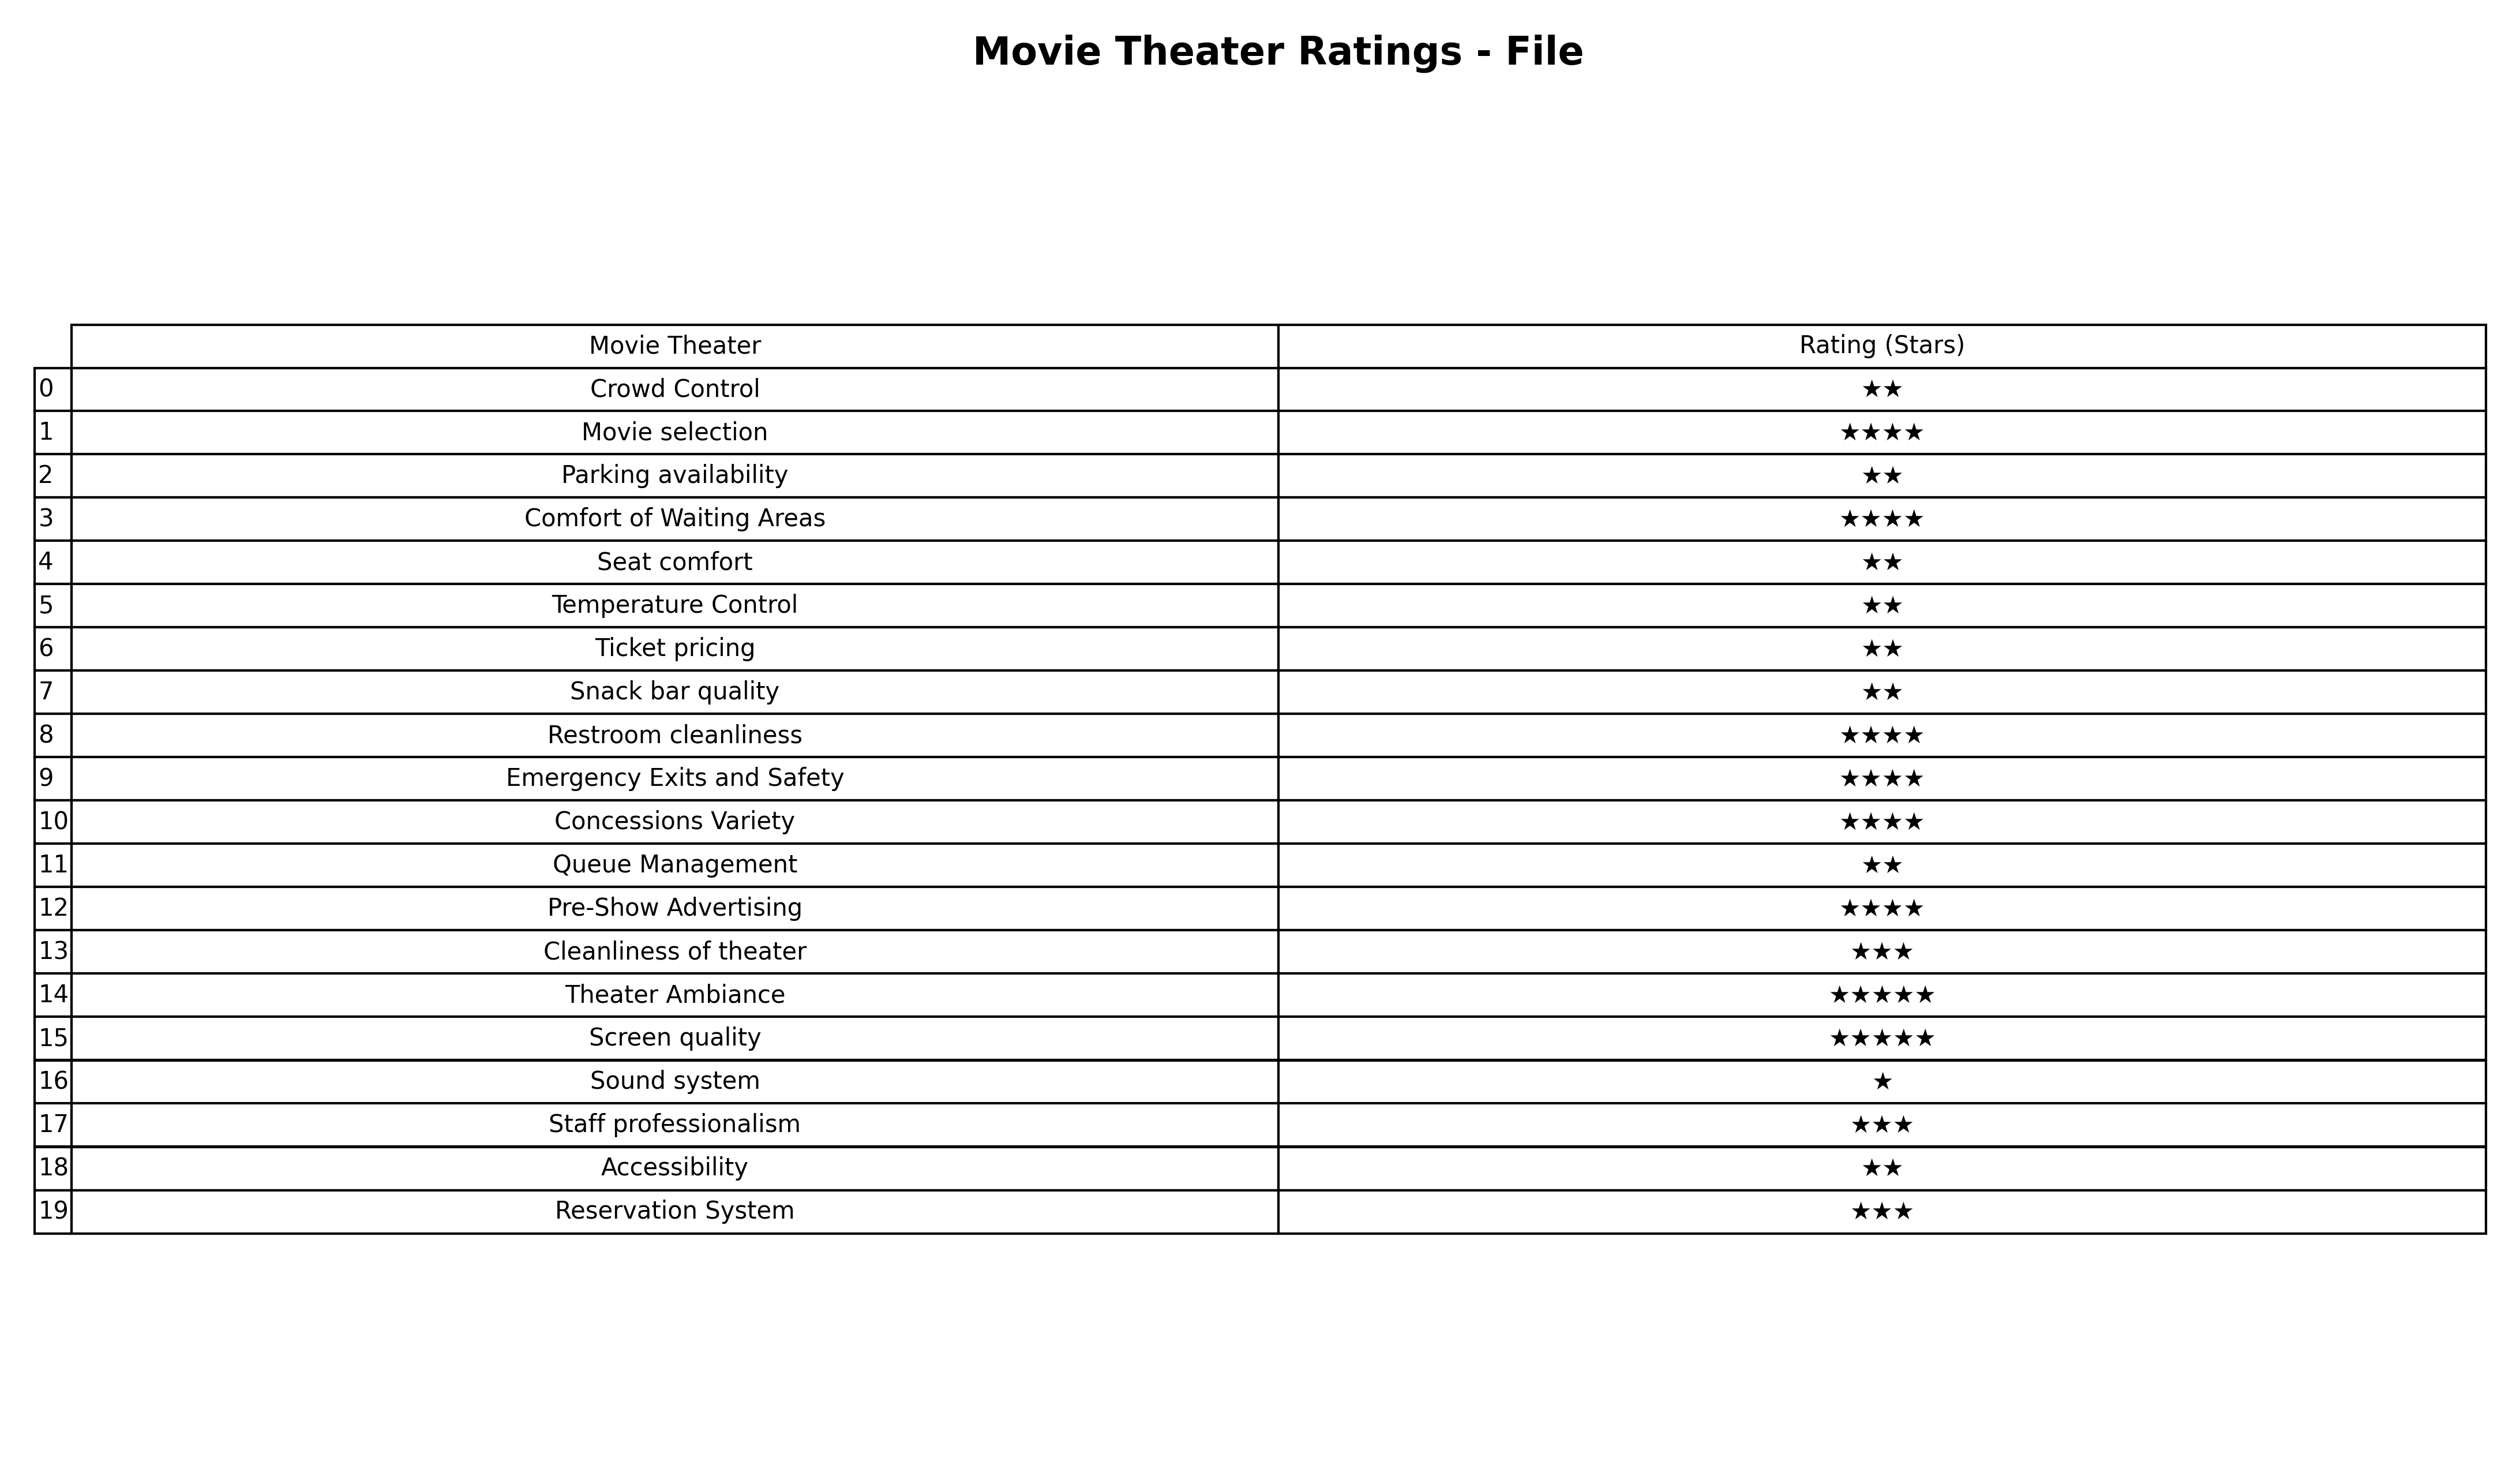
question: What is the rating of Snack bar quality?
answer: ★★